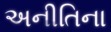
અનીતિના